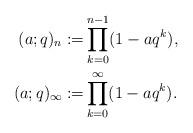
LaTeX: \begin{align*}(a;q)_n:=&\prod_{k= 0}^{n-1} (1-aq^k),\\(a;q)_\infty:=&\prod_{k= 0}^\infty (1-aq^k).\end{align*}